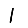
Digit: 1